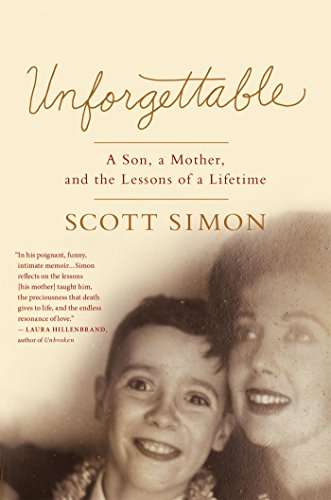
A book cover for Unforgettable: A Son, a Mother, and the Lessons of a Lifetime; Scott Simon; Self-Help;